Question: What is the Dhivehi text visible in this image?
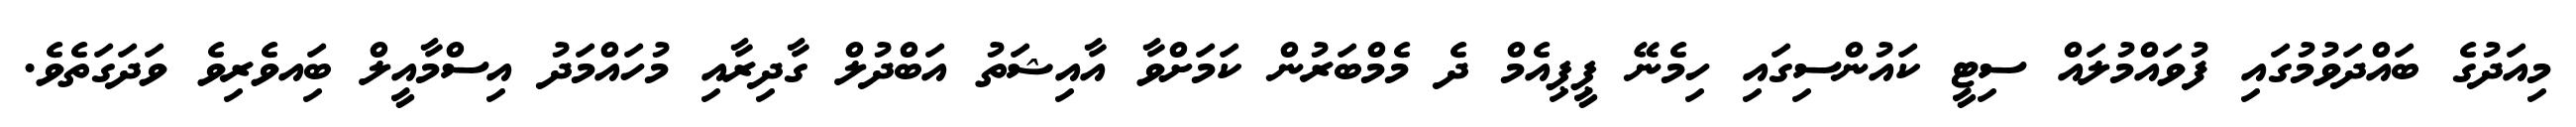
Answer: މިއަދުގެ ބައްދަވުމުގައި ފުވައްމުލައް ސިޓީ ކައުންސިގައި ހިމެނޭ ޕީޕިއެމް ދެ މެމްބަރުން ކަމަށްވާ އާއިޝަތު އަބްދުލް ގާދިރާއި މުހައްމަދު އިސްމާއީލް ބަިއވެރިވެ ވަދަގަތެވެ.